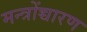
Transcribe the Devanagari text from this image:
मन्त्रोंच्चारण